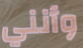
وأنني